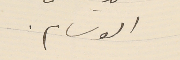
الوسام.